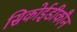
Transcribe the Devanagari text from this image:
सिकोईडीकौन